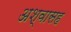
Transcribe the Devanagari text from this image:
अश्वासह